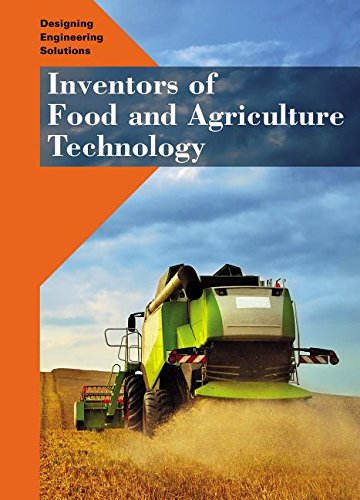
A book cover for Inventors of Food and Agriculture Technology (Designing Engineering Solutions); Heather Morrison; Teen & Young Adult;